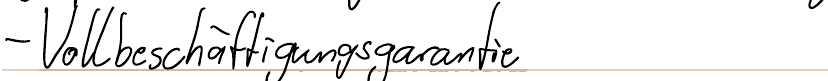
- Vollbeschäftigungsgarantie